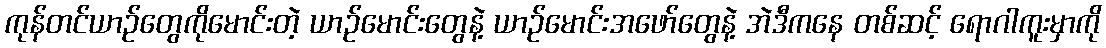
ကုန်တင်ယာဉ်တွေကိုမောင်းတဲ့ ယာဉ်မောင်းတွေနဲ့ ယာဉ်မောင်းအဖော်တွေနဲ့ အဲဒီကနေ တစ်ဆင့် ရောဂါကူးမှာကို